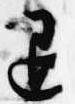
退